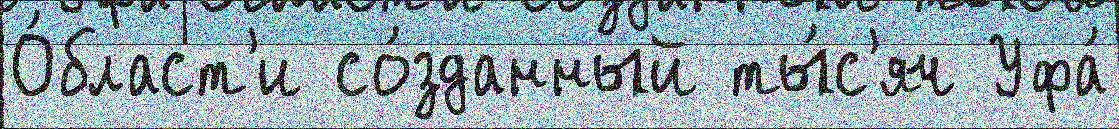
О́бласт'и со́зданный ты́с'яч Уфа́